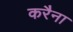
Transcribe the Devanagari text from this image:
करैना